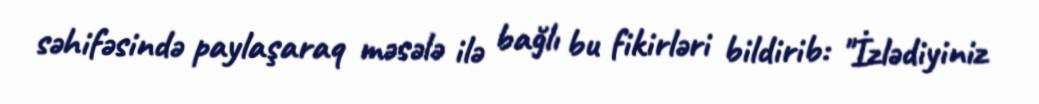
səhifəsində paylaşaraq məsələ ilə bağlı bu fikirləri bildirib: "İzlədiyiniz